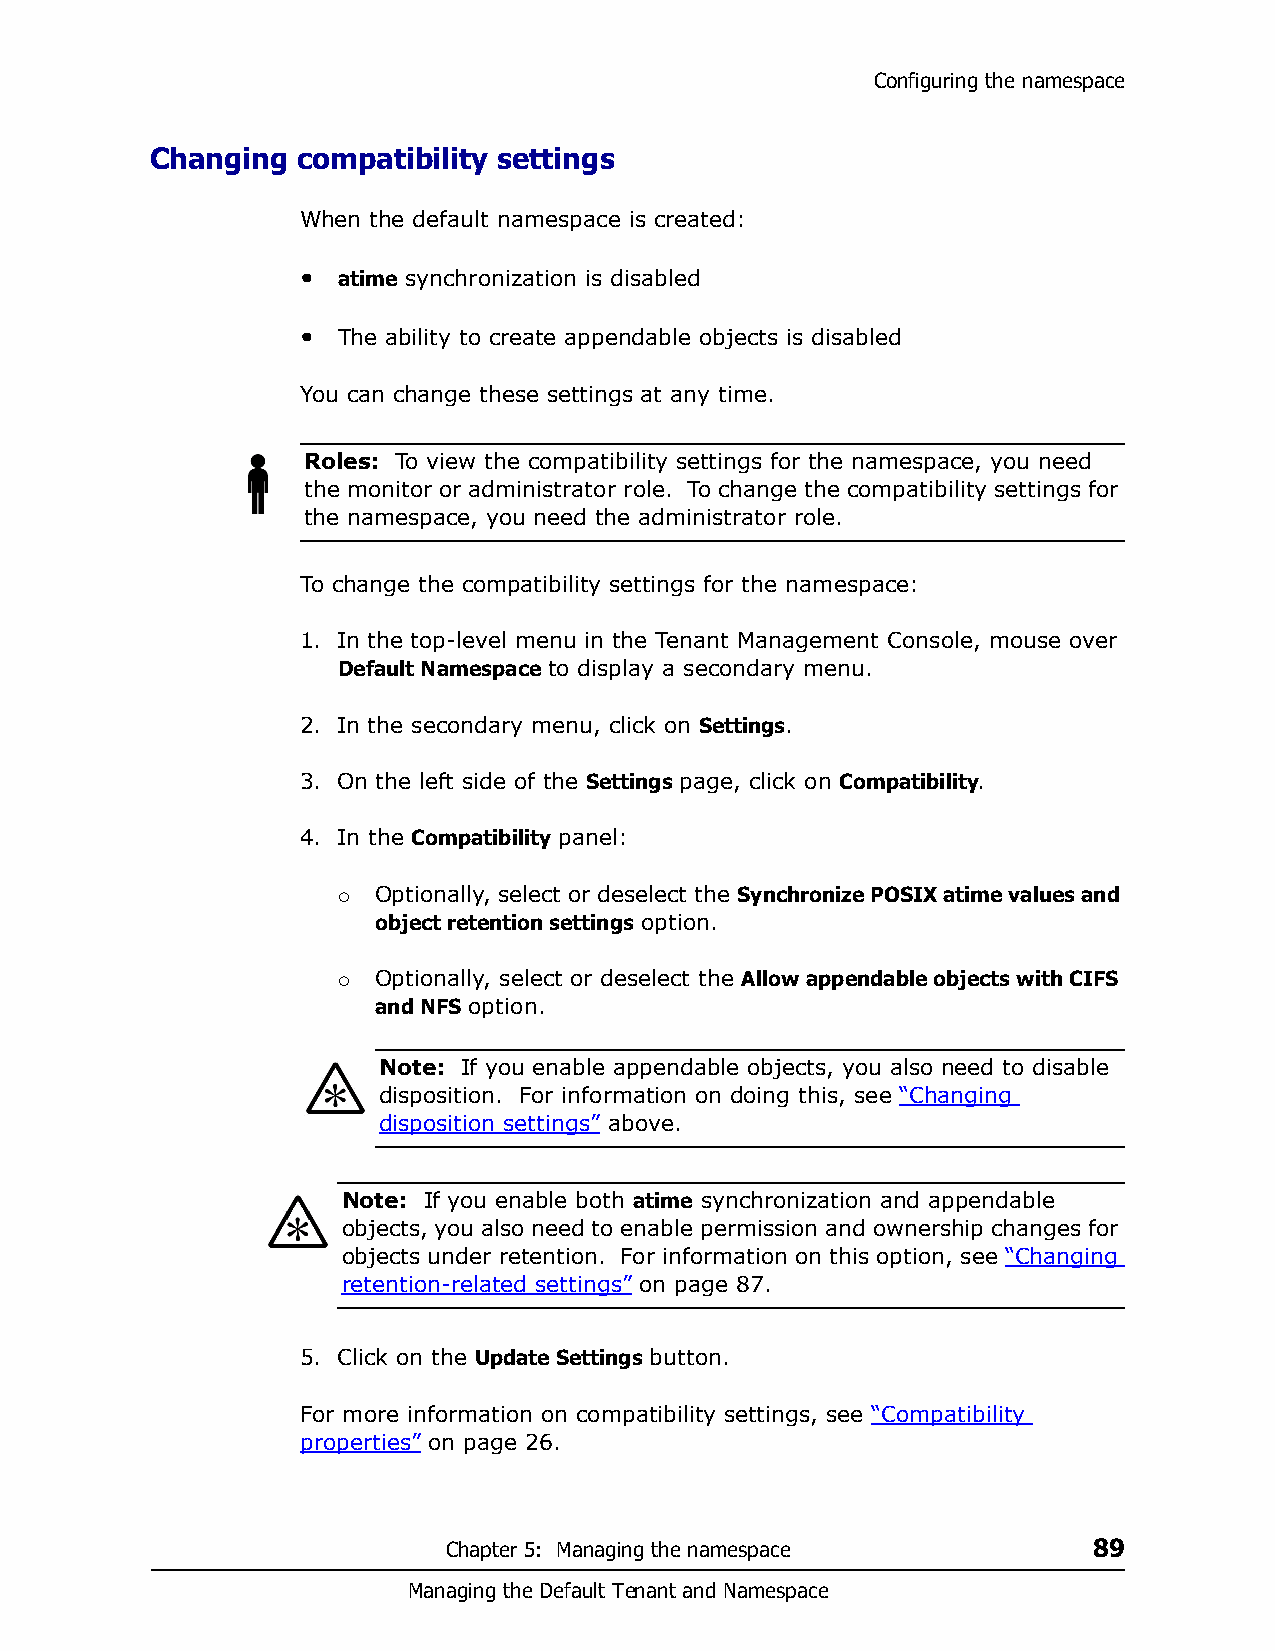
Configuring the namespace
 Changing  compatibility settings
 When the default namespace is created:
 • atime synchronization is disabled
 • The ability to create appendable objects is disabled
 You can change these settings at any time.
 Roles: To view the compatibility settings for the namespace, you need
 the monitor or administrator role. To change the compatibility settings for
 the namespace, you need the administrator role.
 To change the compatibility settings for the namespace:
 1. In the top-level menu in the Tenant Management Console, mouse over
 Default Namespace to display a secondary menu.
 2. In the secondary menu, click on Settings.
 3. On the left side of the Settings page, click on Compatibility.
 4. In the Compatibility panel:
   Optionally, select or deselect the Synchronize POSIX atime values and
 object retention settings option.
   Optionally, select or deselect the Allow appendable objects with CIFS
 and NFS option.
 Note: If you enable appendable objects, you also need to disable
 disposition. For information on doing this, see “Changing
 disposition settings” above.
 Note: If you enable both atime synchronization and appendable
 objects, you also need to enable permission and ownership changes for
 objects under retention. For information on this option, see “Changing
 retention-related settings” on page 87.
 5. Click on the Update Settings button.
 For more information on compatibility settings, see “Compatibility
 properties” on page 26.
 Chapter 5: Managing the namespace         89
 Managing the Default Tenant and Namespace